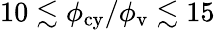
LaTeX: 10\lesssim\phi_{\mathrm{cy}}/\phi_{\mathrm{v}}\lesssim 15